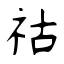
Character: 祜